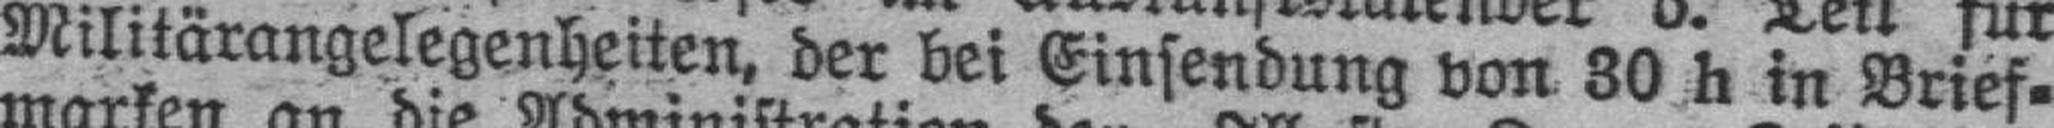
Militärangelegenheiten, der bei Einsendung von 30 h in Brief¬